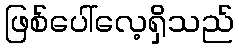
ဖြစ်ပေါ်လေ့ရှိသည်